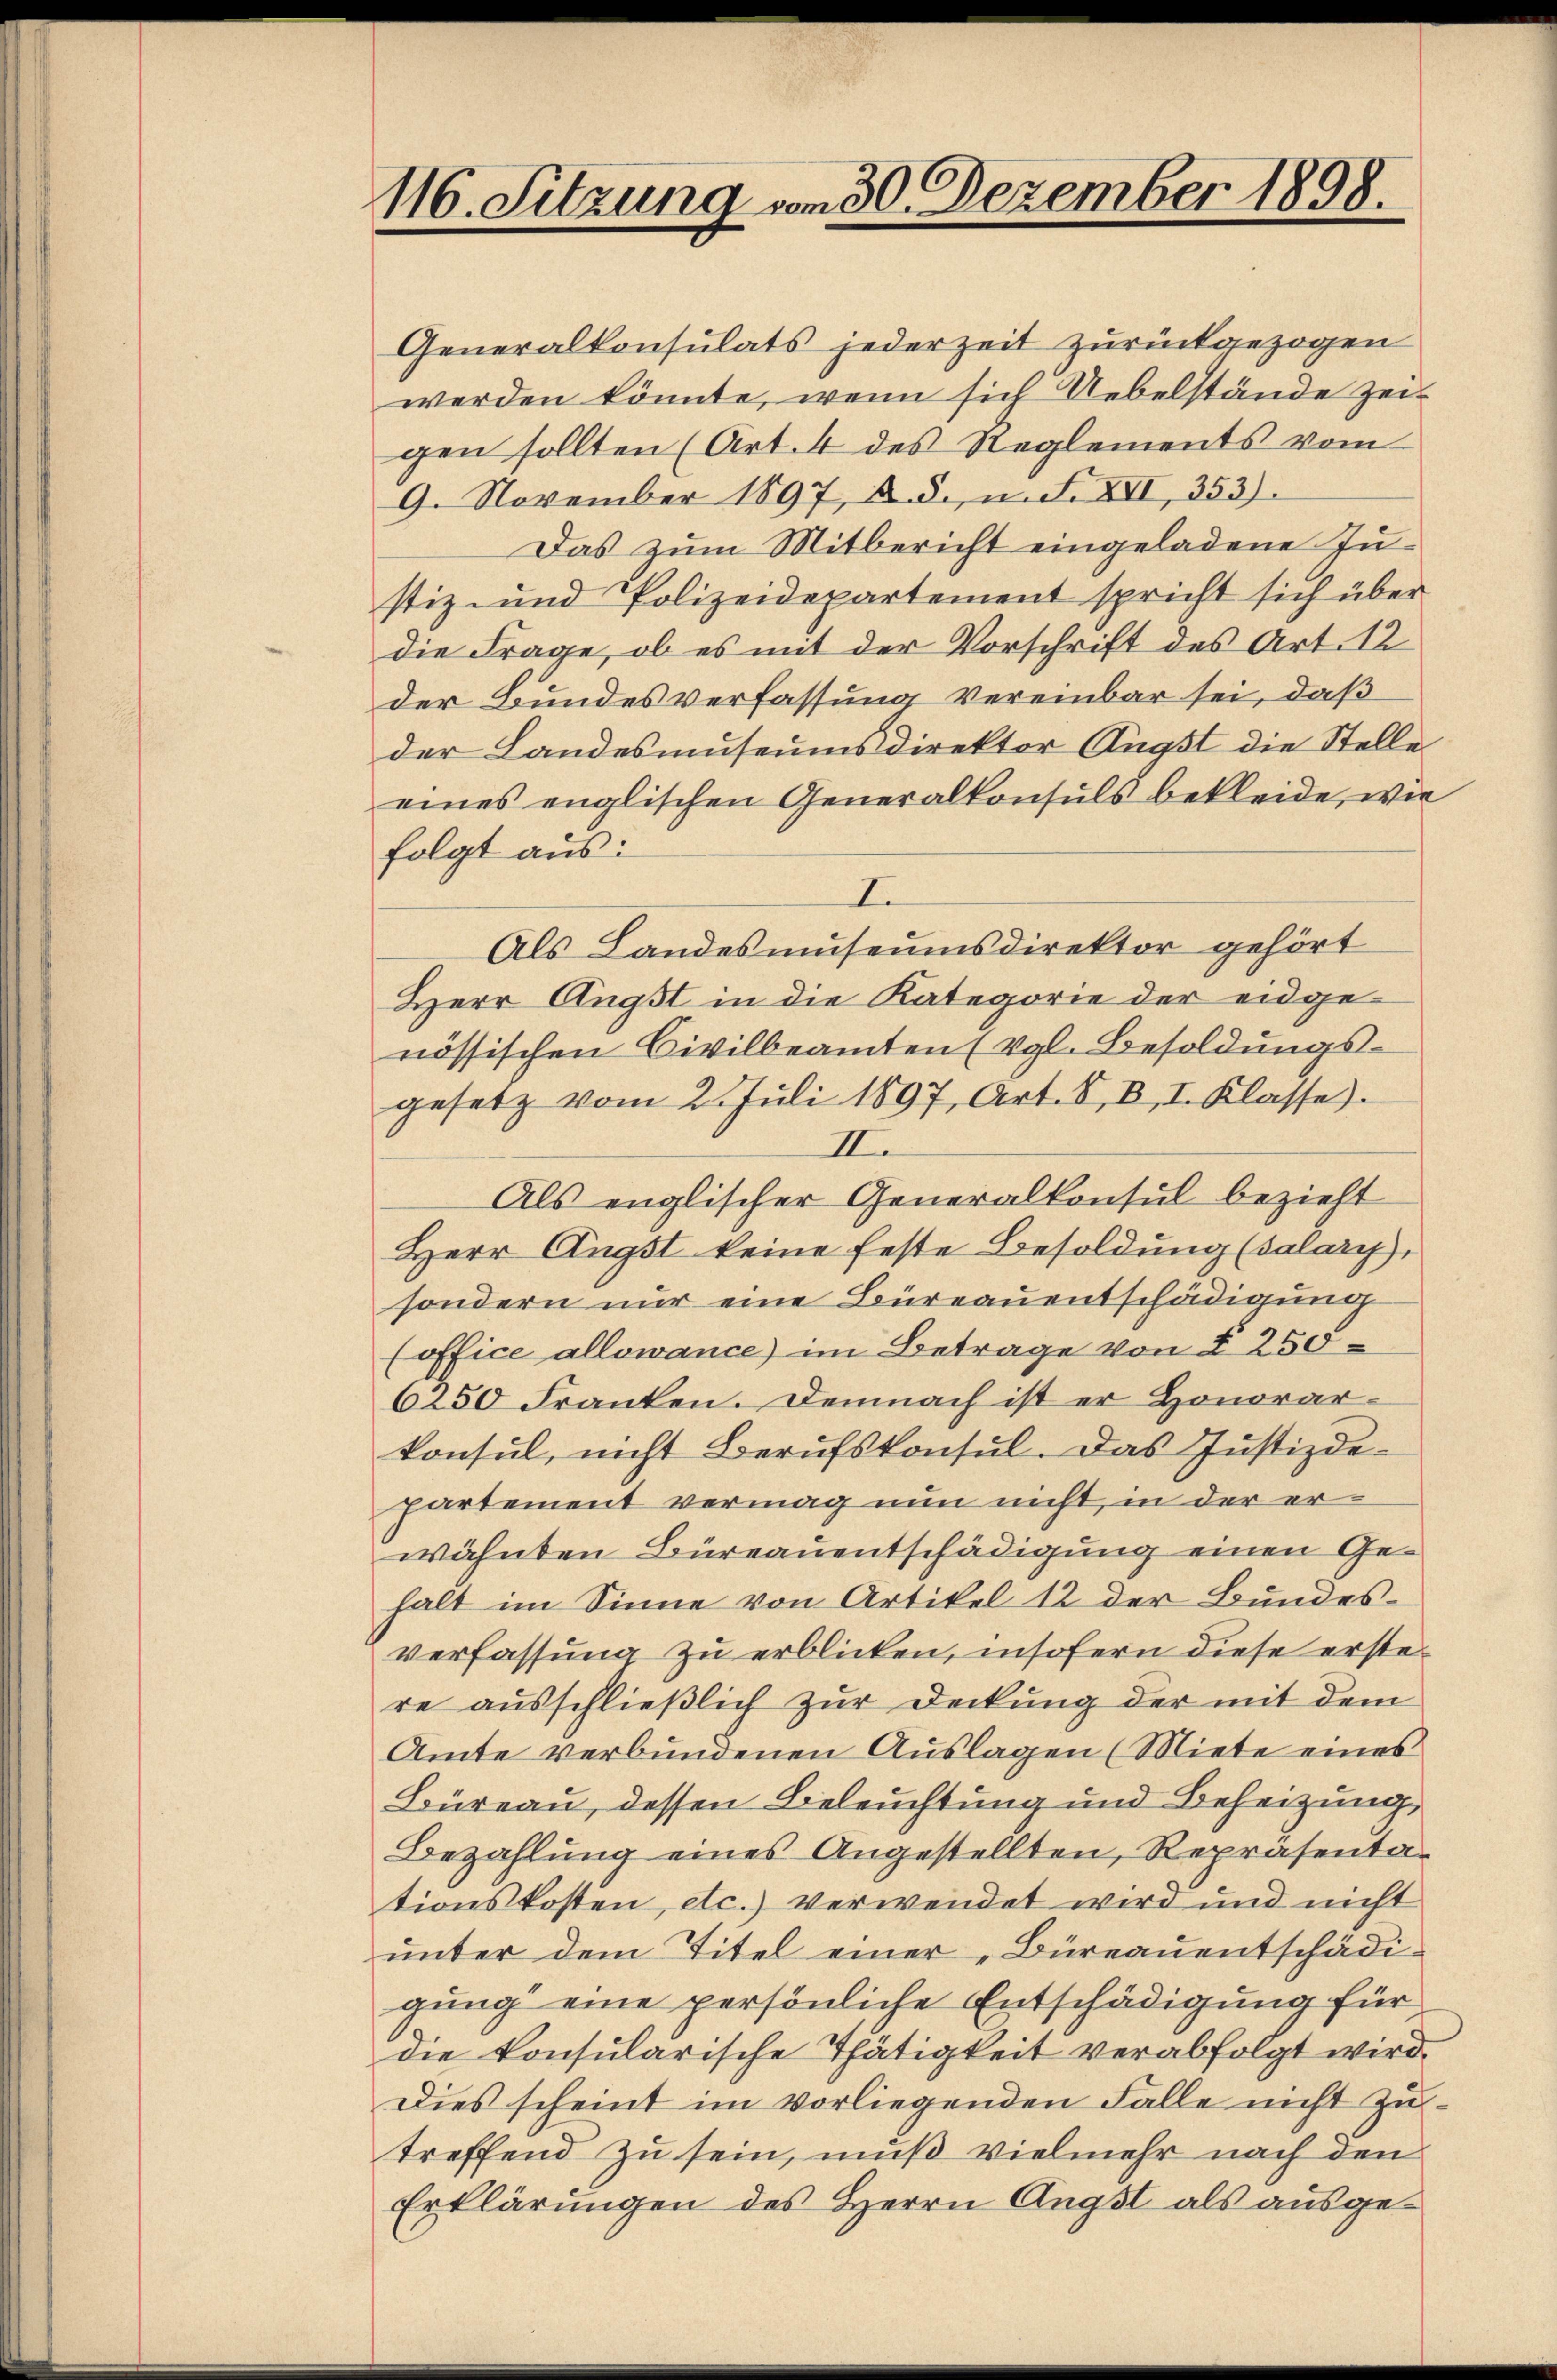
116. Sitzung vom 30. Dezember 1898.

Generalkonsulats jederzeit zurückgezogen
werden könnte, wenn sich Uebelstände zeit
gen sollten (Art. 4 des Reglements vom
9. November 1897, A. S., n. F. XII, 353).
Das zum Mitbericht eingeladene Justiz- und Polizeidepartement spricht sich über
die Frage, ob es mit der Vorschrift des Art. 12
der Bundesverfassung vereinbar sei, daß
der Landesmuseums direktor Ängst die Stelle
eines englischen Generalkonsuls bekleide, wie
folgt aus:
I.
Als Landesmuseumsdirektor gehört
Herr Angst in die Kategorie der eidgenössischen Civilbeamten (vgl. Besoldungs-
gesetz vom 2. Juli 1897, Art. 8, B, I. Klasse)
II.
Als englischer Generalkonsul bezieht
Herr Angst keine feste Besoldung (salary,
sondern nur eine Büreauentschädigung
(office allewance) im Betrage von § 250
6250 Franken. Demnach ist er Honorarkonsul, nicht Berufskonsul. Das Justizde¬
Partement vermag nun nicht, in der erwähnten Büreauentschädigung einen Gehalt im Sinne von Artikel 12 der Bundes-
verfassung zu erblicken, insofern diese erstere ausschließlich zur Deckung der mit dem
Amte verbundenen Auslagen (Miete eines
Büreau, dessen Beleuchtung und Beheizung,
Bezahlung eines Angestellten, Repräsentationskosten, etc.) verwendet wird und nicht
unter dem Titel einer „Büreauentschädigung eine persönliche Entschädigung für
die konsularische Thätigkeit verabfolgt wird.
Dies scheint im vorliegenden Falle nicht zu-
treffend zu sein, muß vielmehr nach den
Erklärungen des Herrn Angst als ausge¬